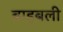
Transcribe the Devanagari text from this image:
बाहबली